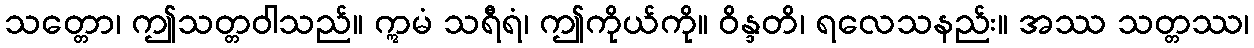
သတ္တော၊ ဤသတ္တဝါသည်။ ဣမံ သရီရံ၊ ဤကိုယ်ကို။ ဝိန္ဒတိ၊ ရလေသနည်း။ အဿ သတ္တဿ၊